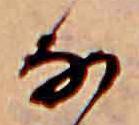
な